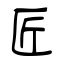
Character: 匠